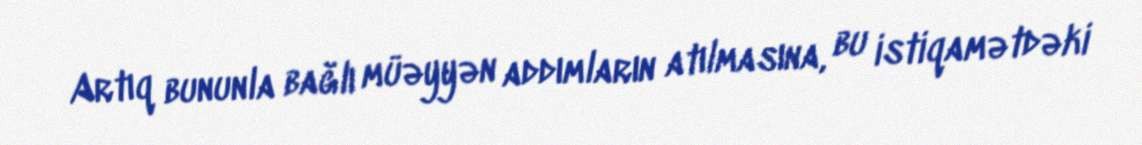
Artıq bununla bağlı müəyyən addımların atılmasına, bu istiqamətdəki